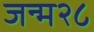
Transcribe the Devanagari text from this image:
जन्म२८